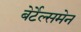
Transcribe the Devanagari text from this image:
बेर्टेल्समेन